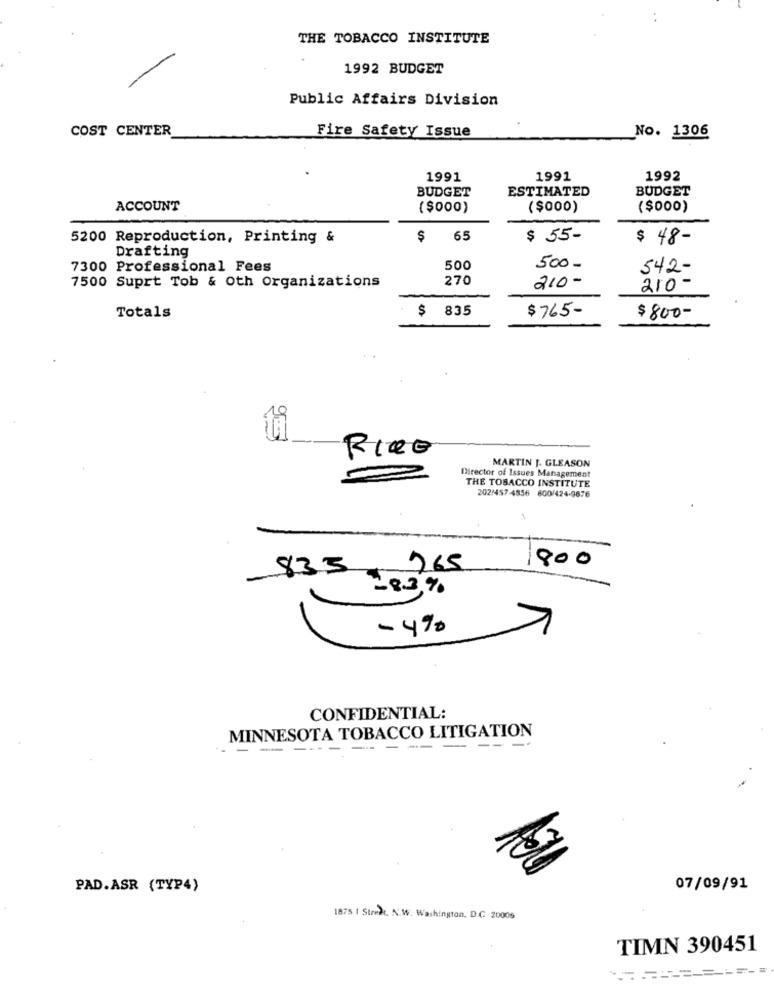
THE TOBACCO INSTITUTE
1992 BUDGET
Public Affairs Division
COST CENTER
No. 1306
Fire Safety Issue
1991
1991
1992
BUDGET
ESTIMATED
BUDGET
ACCOUNT
($000)
($000)
($000)
5200 Reproduction, Printing &
$ 65
$ 55-
$ 48-
Drafting
7300 Professional Fees
500
500-
542-
270
7500 Suprt Tob & Oth Organizations
210-
210 -
835
$765-
Totals
$800-
ti
Rice
MARTIN J. GLEASON
Director of Issues Management
THE TOBACCO INSTITUTE
202/457 -4856 800/424-9676
835
265
1800
-8.3%
- 4%
1
CONFIDENTIAL:
MINNESOTA TOBACCO LITIGATION
---
PAD.ASR (TYP4)
07/09/91
1875 | Street. N.W. Washington, D.C. 20005
TIMN 390451